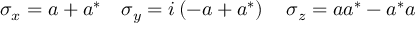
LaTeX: \sigma _ { x } = a + a ^ { * } \quad \sigma _ { y } = i \left( - a + a ^ { * } \right) \quad \sigma _ { z } = a a ^ { * } - a ^ { * } a